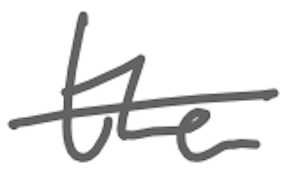
Text: the
Cross-out: single-line
Writing tool: digital_gray